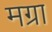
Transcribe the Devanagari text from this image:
मग्रा